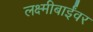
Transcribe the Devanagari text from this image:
लक्ष्मीबाईंवर